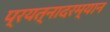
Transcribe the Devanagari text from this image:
प्रयत्नादरम्यान